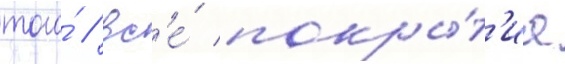
того́ / вс'е́ покры́т'иа